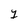
Character: 1